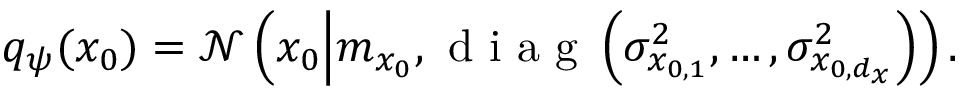
\begin{array} { r } { q _ { \psi } ( x _ { 0 } ) = \mathcal { N } \left( x _ { 0 } \middle | m _ { x _ { 0 } } , \mathrm { ~ d ~ i ~ a ~ g ~ } \left( \sigma _ { x _ { 0 , 1 } } ^ { 2 } , \dots , \sigma _ { x _ { 0 , d _ { x } } } ^ { 2 } \right) \right) . } \end{array}